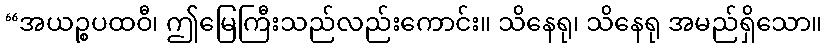
“အယဉ္စပထဝီ၊ ဤမြေကြီးသည်လည်းကောင်း။ သိနေရု၊ သိနေရု အမည်ရှိသော။